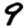
Digit: 9